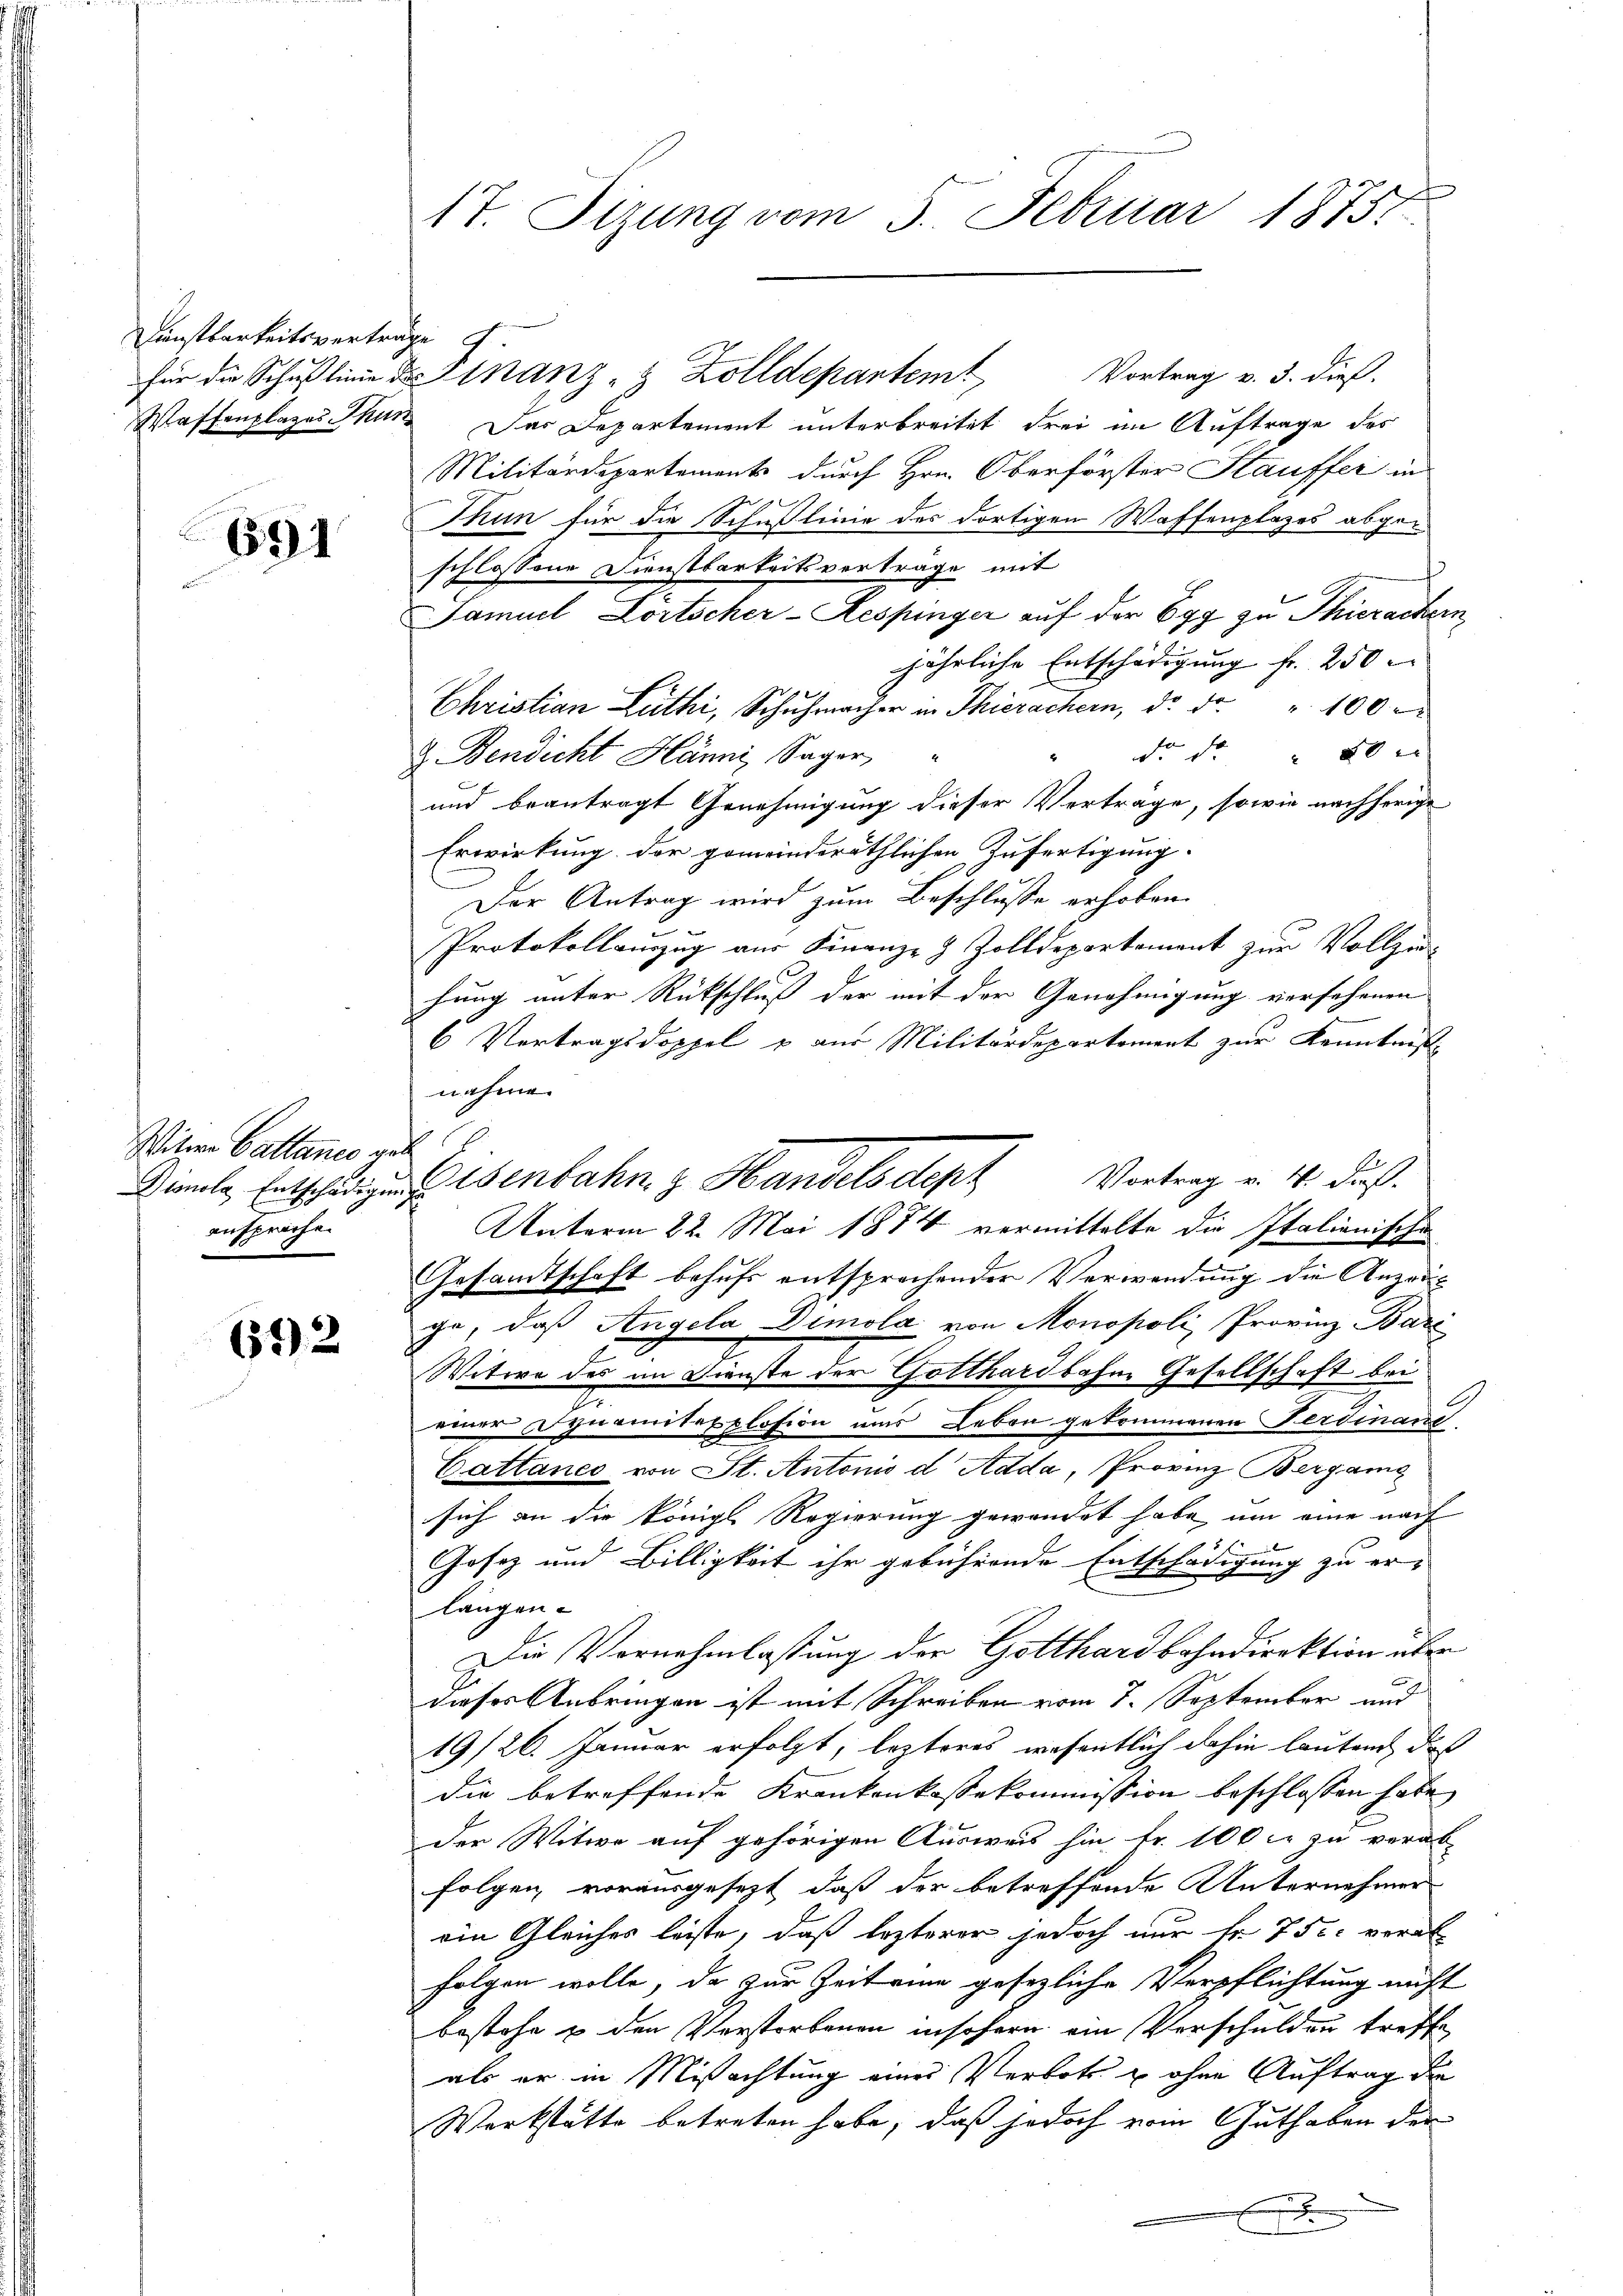
Kunstbarkeitsverträge

691

Witwe Cattance geb
ansprochen

692

17. Sizung vom 5. Februar 18751.

Waffenplazes Thun. Das Departement unterbreitet drei im Auftrage des
Militärdepartements durch Hrn. Oberförster Stauffer in
Thun für die Schußlinie des dortigen Waffenplazes abgeschlossene Dienstbarkeitsverträge mit
Samuel Lörtscher-Respinger auf der Egg zu Thierachern
jährliche Entschädigung fr. 250
Christian Luthi, Schŭhmacher in Thierachern, d. d. " 100.
do Fr. 20 x
2. Bendicht Hänni, Sager
und beantragt Genehmigung dieser Verträge, sowie nachherige
Erwirkung der gemeinderäthlichen Zufertigung.
Der Antrag wird zum Beschlusse erhoben.
Protokollauszug aus Finanz- & Zolldepartement zur Vollzu-
hung unter Rückschluß der mit der Genehmigung versehenen
6 Vertragsdoppel & aus Militärdepartement zur Kenntniß
nahme.
Vortrag v. 4. dieß.
Dame, Entschlagen eisenbahn z. Handelsdep
Unterm 22. Mai 1874 vermittelte die Italienische
Gesamtschaft behufs entsprochender Verwendung die Anzeige, daß Angela Dimola von Monopoli, Provinz Bari
Witwe des im Dienste der Gotthardbahne Gesellschaft bei
G
2
einer Dynamitexplosion ums Leben gekommenen Ferdinand.
Cattanes von St. Antonis d Adda, Provinz-Bergang
sich an die königl. Regierung gewendet habe, um eine nach
Gosez und Billigkeit ihr gebührende Entschädigung zu erlangen.
Die Vornehmlassung der Gotthardbahndirektion über
dieses Anbringen ist mit Schreiben vom 7. September und
19/26. Januar erfolgt, lezteres wesentlich dahin lautend, das
die betreffende Krankenkassekommission beschlossen habe,
der Witwe auf gehörigen Ausweis hin fr. 100 l. zu verab-
folgen, vorausgesezt, daß der betreffende Unternehmen
ein Gleiches leiste, daß lezterer jedoch nur fr. 750 verab
folgen wolle, da zur Zeit eine gesetzliche Verpflichtung nicht
bestehe u den Verstorbenen insofern ein Verschulden treffe
als er in Mißachtung eines Verbote u ohne Auftrag der
Werkstätte betreten habe, daß jedoch vom Guthaben der
x

für die Schulinie der Finanz- & Zolldepartem Vortrag v. 3. dieß.